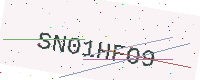
Text: SN01HFO9